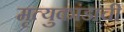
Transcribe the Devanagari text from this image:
मृत्युकांडाची